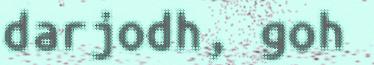
darjodh, goh